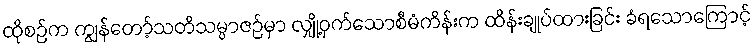
ထိုစဉ်က ကျွန်တော့်သတိသမ္ပာဇဉ်မှာ လျှို့ဝှက်သောစီမံကိန်းက ထိန်းချုပ်ထားခြင်း ခံရသောကြောင့်